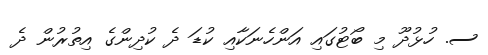
ސ. ހުޅުދޫ މި ބޯޓުގައި އަންހެނަކާއި ކުޑަ ދެ ކުދިންގެ އިތުރުން ދެ